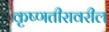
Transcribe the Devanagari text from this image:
कृष्णतीरावरील